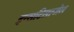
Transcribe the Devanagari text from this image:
इन्सटिलाजेल